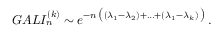
G A L I _ { n } ^ { ( k ) } \sim e ^ { - n \, \bigl ( ( \lambda _ { 1 } - \lambda _ { 2 } ) + \ldots + ( \lambda _ { 1 } - \lambda _ { k } ) \, \bigr ) } \, .